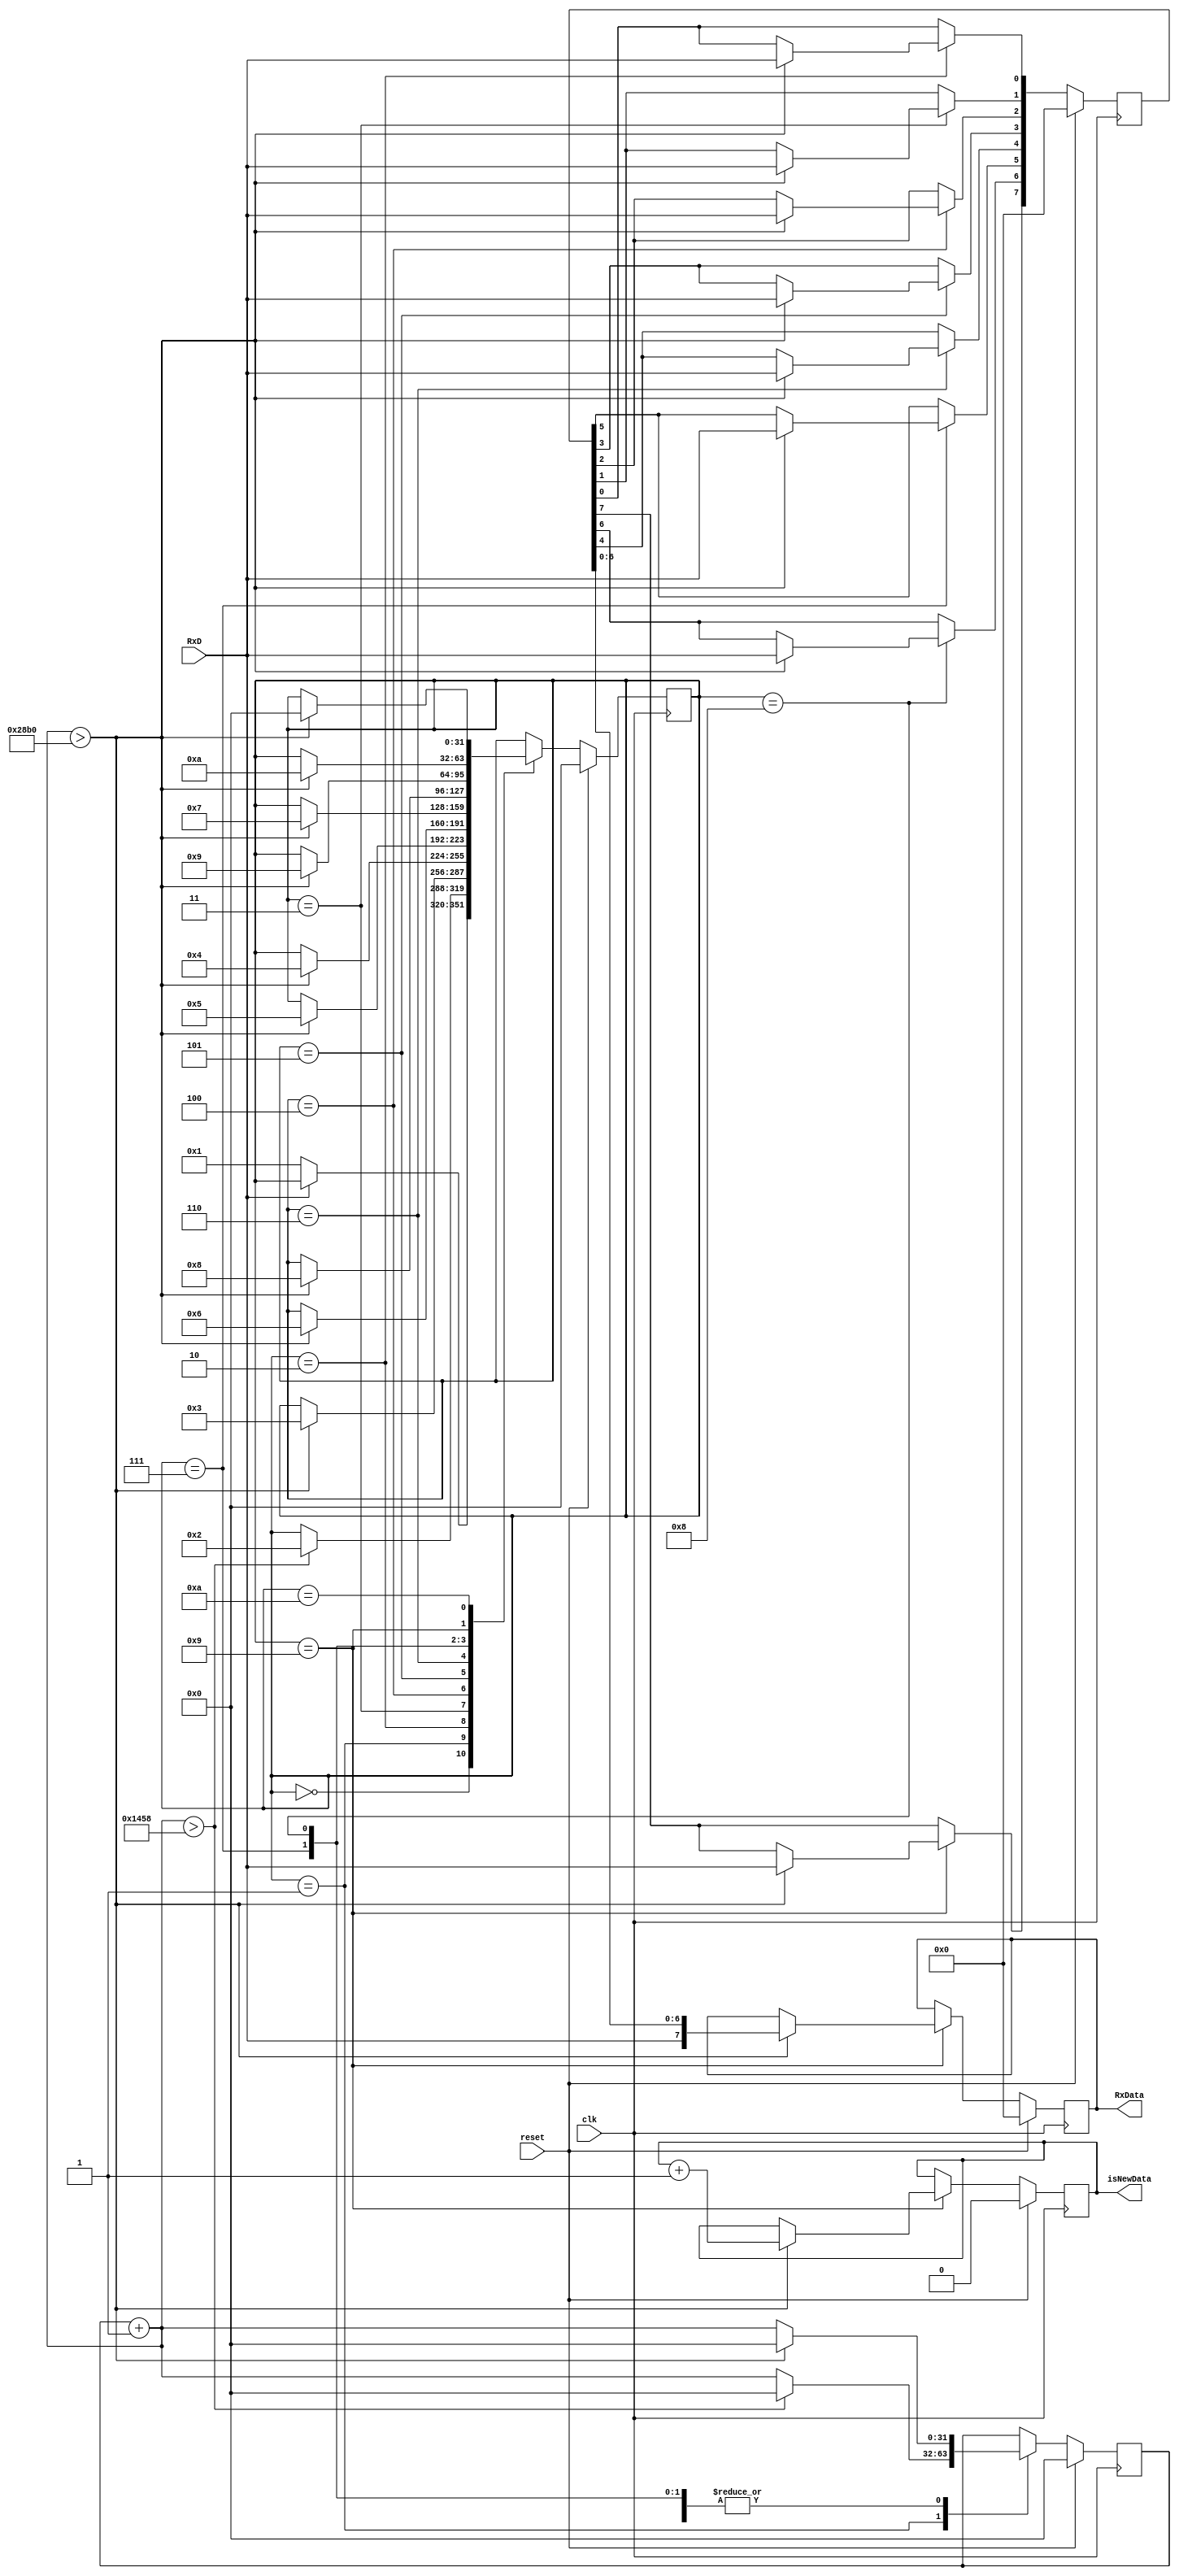
`timescale 1ns / 1ps

module Receiver (
  clk,  // input clock
  reset,  // input reset 
  RxD,  // input receving data line
  RxData,  // output for 8 bits data
  isNewData  // changes value 
);

  parameter W5Frequency = 100_000_000;
  parameter baudRate = 9600;
  parameter samplingInterval = W5Frequency / baudRate;
  parameter halfSamplingInterval = samplingInterval / 2;

  input clk;
  input reset;
  input RxD;
  output reg [7:0] RxData;

  reg [31:0] state;
  reg [31:0] sequenceCounter;

  reg [7:0] data;
  output reg isNewData;

  always @(posedge clk) begin
    if (reset) begin
      state = 0;
      data = 0;
      sequenceCounter = 0;
      isNewData = 0;
      RxData = 0;
    end 
    else begin
      case (state)
        0: begin
          if (RxD == 0) begin
            state = 1;
          end
        end
        1: begin
          // start bit
          sequenceCounter = sequenceCounter + 1;
          if (sequenceCounter > halfSamplingInterval) begin
            sequenceCounter = 0;
            state = 2;
          end
          else begin
            // do nothing
          end
        end
        2: begin
          // first bit
          sequenceCounter = sequenceCounter + 1;
          if (sequenceCounter > samplingInterval) begin
            sequenceCounter = 0;
            state = 3;
            data[0] = RxD;
          end 
          else begin
            // do nothing
          end
        end
        3: begin
          // second bit
          sequenceCounter = sequenceCounter + 1;
          if (sequenceCounter > samplingInterval) begin
            sequenceCounter = 0;
            state = 4;
            data[1] = RxD;
          end 
          else begin
            // do nothing
          end
        end
        4: begin
          // thrid bit
          sequenceCounter = sequenceCounter + 1;
          if (sequenceCounter > samplingInterval) begin
            sequenceCounter = 0;
            state = 5;
            data[2] = RxD;
          end 
          else begin
            // do nothing
          end
        end
        5: begin
          // fourth bit
          sequenceCounter = sequenceCounter + 1;
          if (sequenceCounter > samplingInterval) begin
            sequenceCounter = 0;
            state = 6;
            data[3] = RxD;
          end 
          else begin
            // do nothing
          end
        end
        6: begin
          // fifth bit
          sequenceCounter = sequenceCounter + 1;
          if (sequenceCounter > samplingInterval) begin
            sequenceCounter = 0;
            state = 7;
            data[4] = RxD;
          end 
          else begin
            // do nothing
          end
        end
        7: begin
          // sixth bit
          sequenceCounter = sequenceCounter + 1;
          if (sequenceCounter > samplingInterval) begin
            sequenceCounter = 0;
            state = 8;
            data[5] = RxD;
          end 
          else begin
            // do nothing
          end
        end
        8: begin
          // seventh bit
          sequenceCounter = sequenceCounter + 1;
          if (sequenceCounter > samplingInterval) begin
            sequenceCounter = 0;
            state = 9;
            data[6] = RxD;
          end 
          else begin
            // do nothing
          end
        end
        9: begin
          // eight bit
          sequenceCounter = sequenceCounter + 1;
          if (sequenceCounter > samplingInterval) begin
            sequenceCounter = 0;
            state = 10;
            data[7] = RxD;
            RxData = data;
            isNewData = isNewData + 1;
          end 
          else begin
            // do nothing
          end
        end
        10: begin
          // reset
          sequenceCounter = sequenceCounter + 1;
          if (sequenceCounter > samplingInterval) begin
            sequenceCounter = 0;
            state = 0;
          end 
          else begin
            // do nothing
          end
        end
        default: begin
          //
        end
      endcase
    end
  end

endmodule